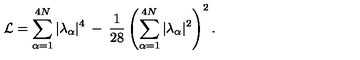
{ \cal { L } } = \sum _ { \alpha = 1 } ^ { 4 N } | \lambda _ { \alpha } | ^ { 4 } \: - \: \frac { 1 } { 2 8 } \left( \sum _ { \alpha = 1 } ^ { 4 N } | \lambda _ { \alpha } | ^ { 2 } \right) ^ { 2 } .